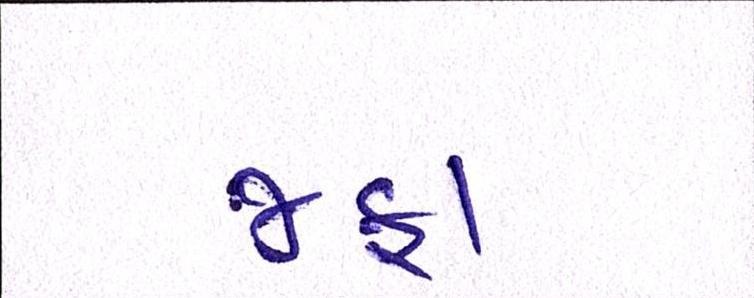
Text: જફા